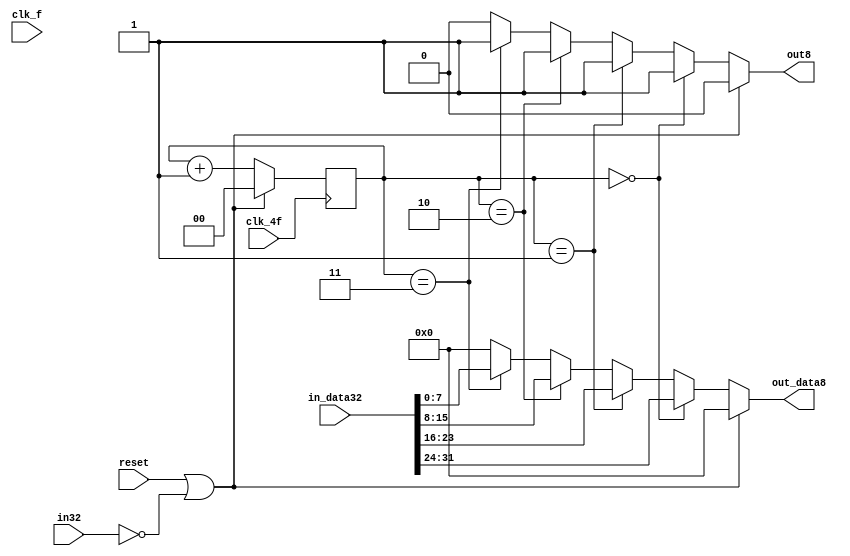
module conv32_8(
		output reg [7:0] out_data8,
		output reg 	 out8,
		input 		 clk_4f,
		input 		 clk_f,
		input 		 reset,
		input [31:0] 	 in_data32,
		input 		 in32);


   reg [1:0] 			 contador=2'b0;
   
   always @(posedge clk_4f) begin
      if(reset==1||in32==0) begin
	 contador<=0;
      end else begin 
	 contador<=contador+1;
      end
   end

   always @(*) begin
      out_data8=8'b0;
      out8=0;
      if (in32==0||reset==1) begin
	 out8=0;
	 out_data8=8'b0;
      end else if (contador==0) begin
	 out_data8=in_data32[31:24];
	 out8=1;
      end else if (contador==1) begin
	 out_data8=in_data32[23:16];
	 out8=1;
      end else if (contador==2) begin
	 out_data8=in_data32[15:8];
	 out8=1;
      end else if (contador==3) begin
	 out_data8=in_data32[7:0];
	 out8=1;
      end
   end

endmodule // conv32_8